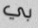
بي